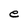
Character: e